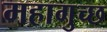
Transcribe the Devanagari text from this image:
महागुच्छ